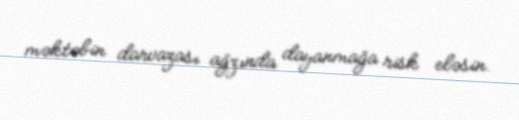
məktəbin darvazası ağzında dayanmağa risk eləsin.